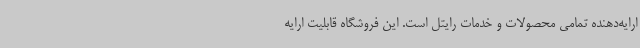
ارایه‌دهنده تمامی محصولات و خدمات رایتل است. این فروشگاه قابلیت ارایه